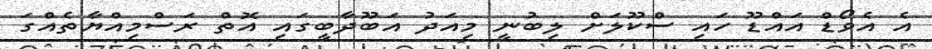
އެ އެވޯޑް އައްޑޫ ހައި ސްކޫލަށް ލިބުނީ މިއަދު އަބޫދާބީގައި އޮތް ރަސްމިއްޔާތެއްގަ